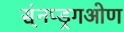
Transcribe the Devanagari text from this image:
स्ंनप्ड्रगओण